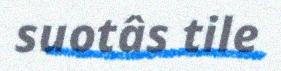
suotâs tile